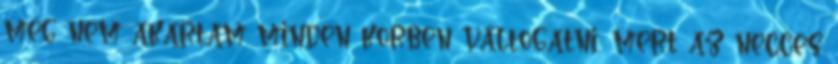
meg nem akartam minden körben váltogatni, mert az necces